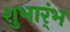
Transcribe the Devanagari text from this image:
शुभार्ंभ